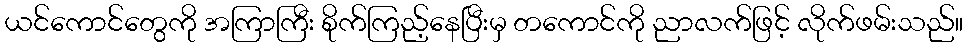
ယင်ကောင်တွေကို အကြာကြီး စိုက်ကြည့်နေပြီးမှ တကောင်ကို ညာလက်ဖြင့် လိုက်ဖမ်းသည်။